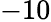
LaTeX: -10